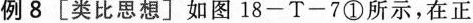
例8[类比思想〕如图18-T-7①所示，在正方形ABCD和正